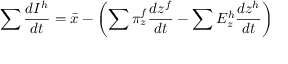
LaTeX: \sum { \frac { d I ^ { h } } { d t } } = { \bar { x } } - \left( \sum \pi _ { z } ^ { f } { \frac { d z ^ { f } } { d t } } - \sum E _ { z } ^ { h } { \frac { d z ^ { h } } { d t } } \right)